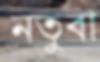
নতুবা